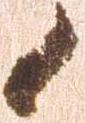
候